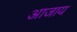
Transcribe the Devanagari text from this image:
आजाय